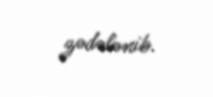
zədələnib.